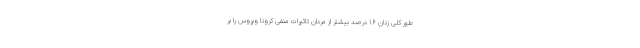
طور کلی زنان ۱۶ درصد بیشتر از مردان تاثیرات منفی کرونا ویروس را بر